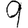
Digit: 9